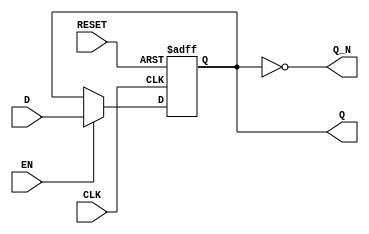
module gated_latch (
    input wire D,        // Data input
    input wire CLK,      // Clock input
    input wire EN,       // Enable input
    input wire RESET,    // Reset input (optional)
    output reg Q,        // Output representing the stored value
    output wire Q_N      // Complement of the output
);

    // Complement of the output
    assign Q_N = ~Q;

    // Sequential logic block
    always @(posedge CLK or posedge RESET) begin
        if (RESET) begin
            Q <= 1'b0; // Reset the output to 0
        end else if (EN) begin
            Q <= D;    // Update Q with D on rising edge of CLK if EN is high
        end
        // If EN is low, Q retains its previous state
    end

endmodule